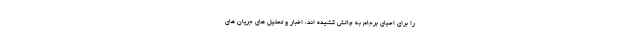
را براي احياي برجام به چالش كشيده اند، اخبار و تحليل هاي جريان هاي